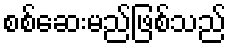
စစ်ဆေးမည်ဖြစ်သည်